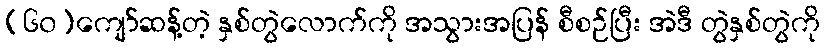
(၆၀)ကျော်ဆန့်တဲ့ နှစ်တွဲလောက်ကို အသွားအပြန် စီစဉ်ပြီး အဲဒီ တွဲနှစ်တွဲကို